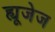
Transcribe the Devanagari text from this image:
ह्यूजेज